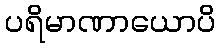
ပရိမာဏာယောပိ